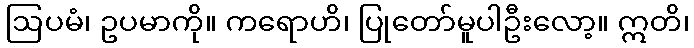
ဩပမံ၊ ဥပမာကို။ ကရောဟိ၊ ပြုတော်မူပါဦးလော့။ ဣတိ၊